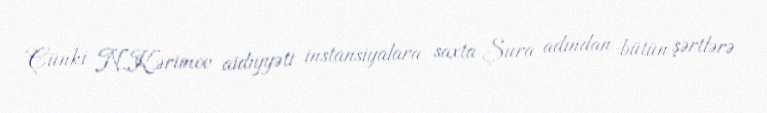
Çünki N.Kərimov aidiyyəti instansiyalara saxta Şura adından bütün şərtlərə